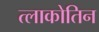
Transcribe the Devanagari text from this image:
त्लाकोतिन